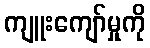
ကျူးကျော်မှုကို